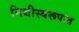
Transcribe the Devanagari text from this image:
निधीस्वरूपात